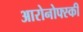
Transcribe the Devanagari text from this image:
आरोनोफ्स्की